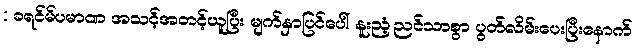
: ခရင်မ်ပမာဏ အသင့်အတင့်ယူပြီး မျက်နှာပြင်ပေါ် နူးညံ့ညင်သာစွာ ပွတ်လိမ်းပေးပြီးနောက်